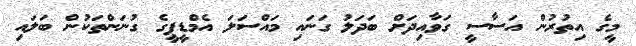
މީގެ އިތުރުން އަސާސީ ގަވާއިދަށް ބަދަލު ގަނައި މައްސަލަ އެމްޑީޕީގެ ގުނަންތަކުން ބަލައި